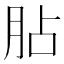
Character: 胋